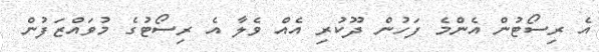
އެ ރިސޯޓުން އެންމެ ފަހުން ދޫކުރި އެއް ވެލާ އެ ރިސޯޓުގެ މުވައްޒަފުން